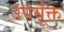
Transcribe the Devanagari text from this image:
उपर्यूक्त